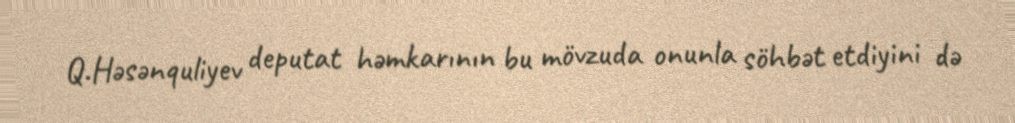
Q.Həsənquliyev deputat həmkarının bu mövzuda onunla söhbət etdiyini də